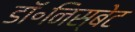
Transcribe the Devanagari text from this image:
डॉ॰निस्बेट